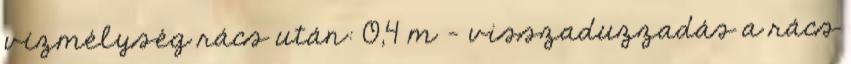
vízmélység rács után: 0,4 m - visszaduzzadás a rács